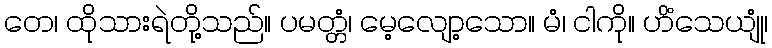
တေ၊ ထိုသားရဲတို့သည်။ ပမတ္တံ၊ မေ့လျော့သော။ မံ၊ ငါကို။ ဟိံသေယျုံ၊